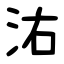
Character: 㳓